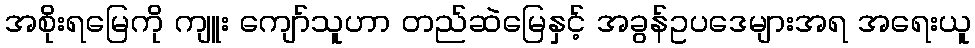
အစိုးရမြေကို ကျူး ကျော်သူဟာ တည်ဆဲမြေနှင့် အခွန်ဥပဒေများအရ အရေးယူ